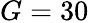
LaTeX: G=30